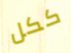
ككل